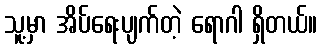
သူ့မှာ အိပ်ရေးပျက်တဲ့ ရောဂါ ရှိတယ်။